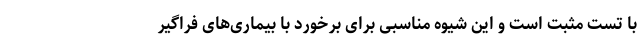
با تست مثبت است و این شیوه مناسبی برای برخورد با بیماری‌های فراگیر